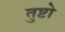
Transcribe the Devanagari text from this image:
तुष्टो